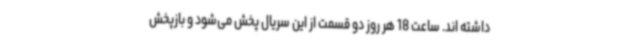
داشته اند. ساعت 18 هر روز دو قسمت از این سریال پخش می‌شود و بازپخش